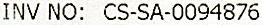
INV NO: CS-SA-0094876